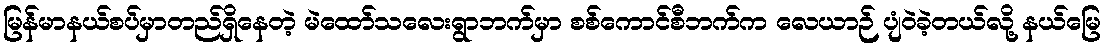
မြန်မာနယ်စပ်မှာတည်ရှိနေတဲ့ မဲထော်သလေးရွာဘက်မှာ စစ်ကောင်စီဘက်က လေယာဉ် ပျံဝဲခဲ့တယ်လို့ နယ်မြေ